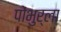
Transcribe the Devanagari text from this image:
पोंभुर्ला